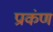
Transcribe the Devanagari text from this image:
प्राकंण